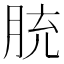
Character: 𦚳